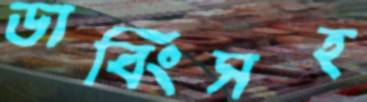
ডাবিংসহ